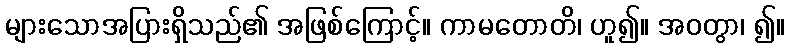
များသောအပြားရှိသည်၏ အဖြစ်ကြောင့်။ ကာမတောတိ၊ ဟူ၍။ အဝတွာ၊ ၍။